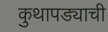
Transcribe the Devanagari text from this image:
कुथापड्याची